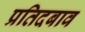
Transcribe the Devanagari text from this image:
प्रतिदबाव